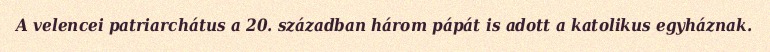
A velencei patriarchátus a 20. században három pápát is adott a katolikus egyháznak.